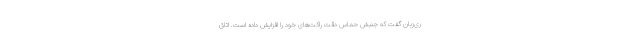
ری‌زبان گفت که جنبش حماس دقت راکت‌های خود را افزایش داده است. اتاق